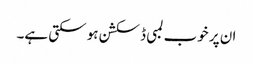
ان پر خوب لمبی ڈسکشن ہو سکتی ہے۔